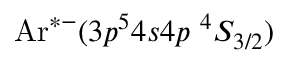
\mathrm { A r } ^ { * - } ( 3 p ^ { 5 } 4 s 4 p \ ^ { 4 } S _ { 3 / 2 } )